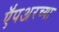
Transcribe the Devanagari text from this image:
ऍंपअरच्या